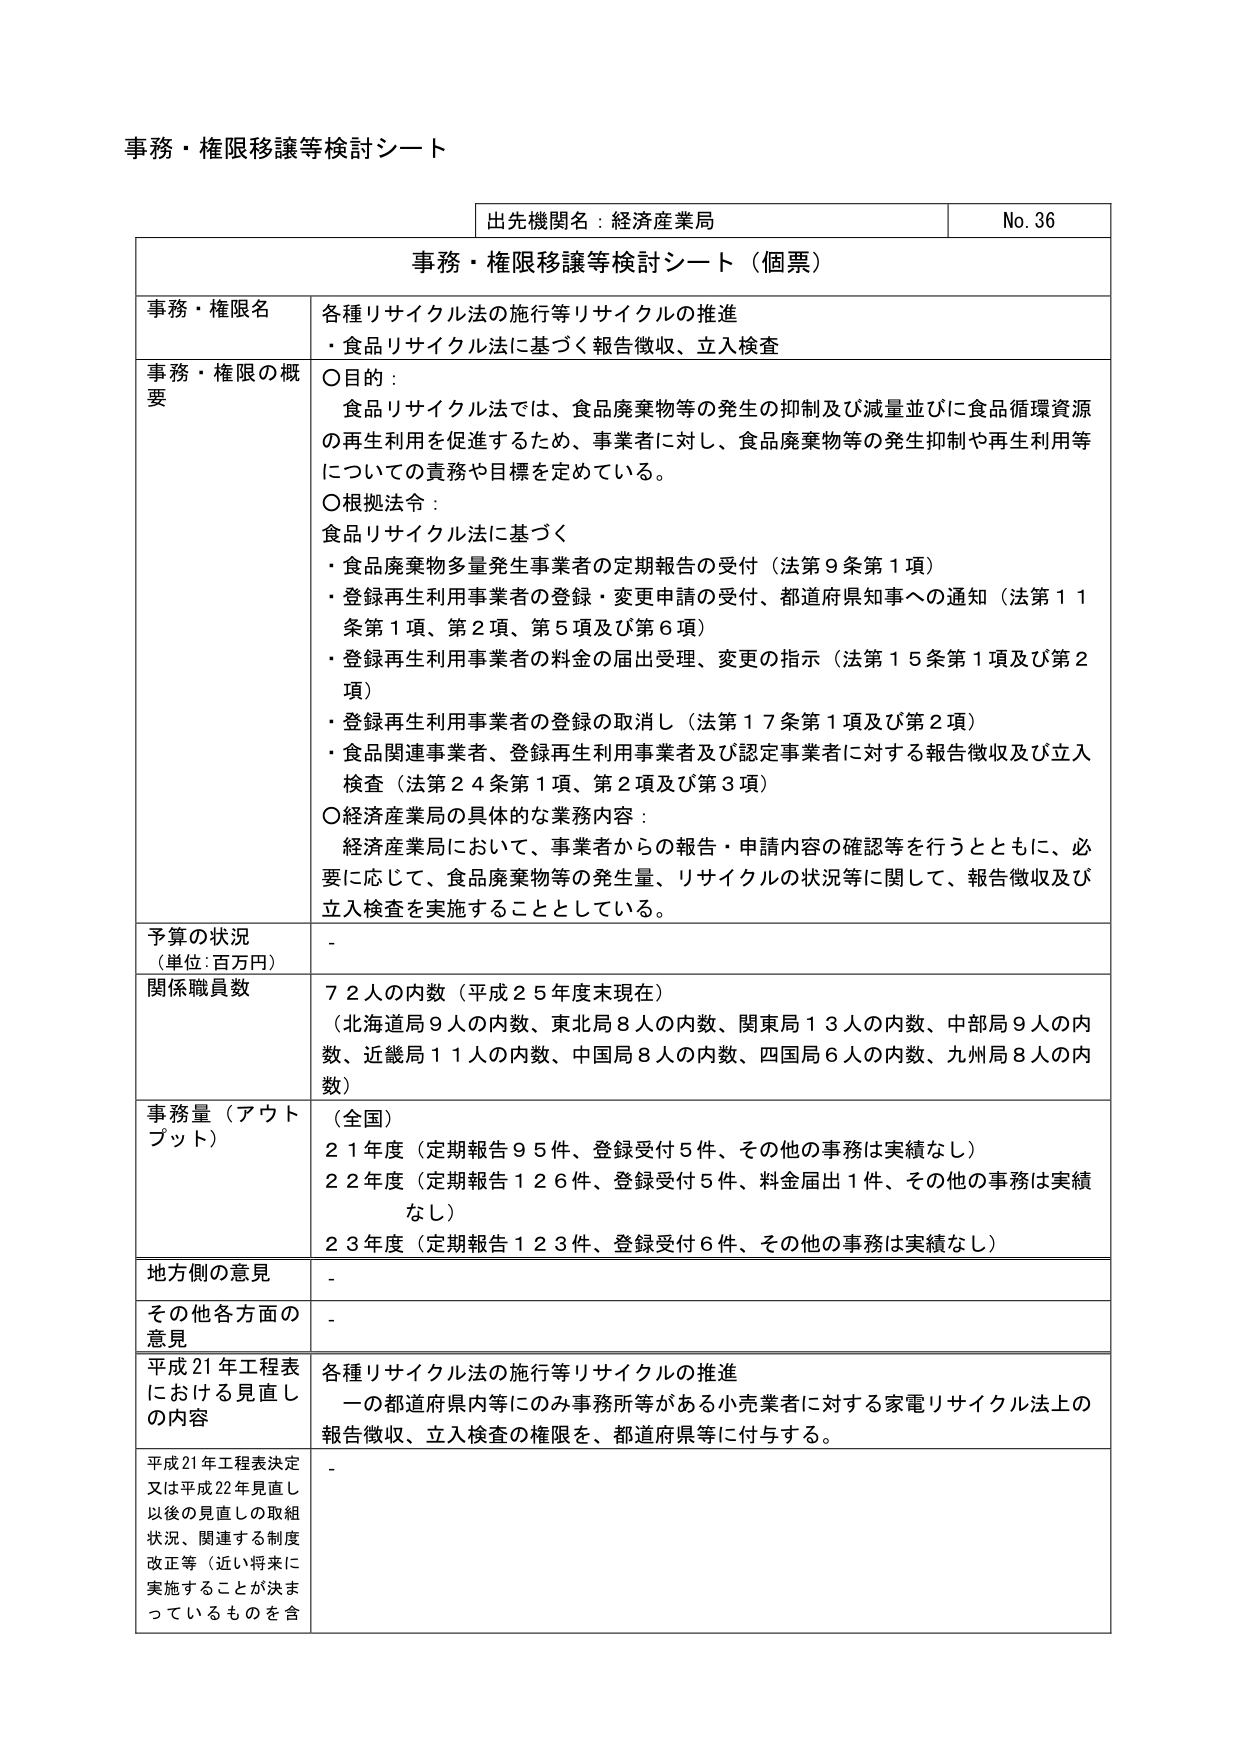
事務・権限移譲等検討シート

出先機関名：経済産業局